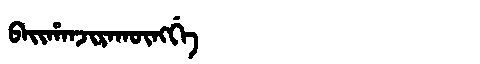
Manchu: ᠪᠠᡳᡥᠠᠨᠵᡳᡵᠠᡴᡡᠩᡤᡝ
Romanization: BAIHANJIRAKŪNGGE